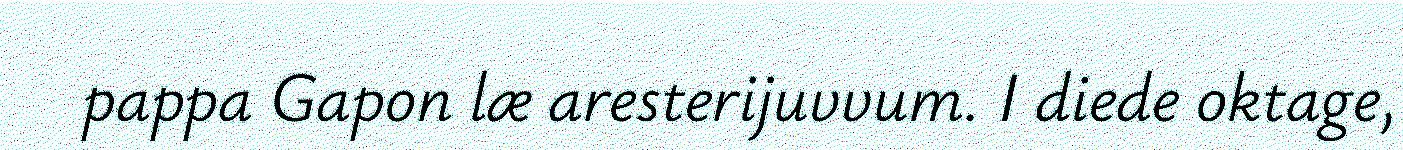
pappa Gapon læ aresterijuvvum. I diede oktage,